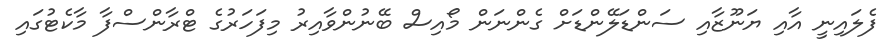
ފެލައިނީ އާއި ޔަނޫޒާއި ސަންޑަލޭންޑަށް ގެންނަން މޯއިސް ބޭނުންވާއިރު މިފަހަރުގެ ޓްރާންސްފާ މާކެޓުގައި